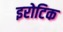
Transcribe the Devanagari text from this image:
इरोटिक